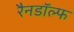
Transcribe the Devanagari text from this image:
रैनडॉल्फ